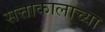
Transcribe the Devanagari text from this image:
सत्ताकालाच्या